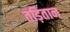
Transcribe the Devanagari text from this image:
तड़ितान